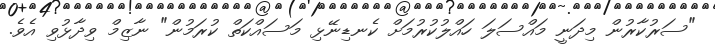
"ސަރުކާރުން މިދަނީ މައްސަލަ ހައްލުކުރުމަށް ކެނޑިނޭޅި މަސައްކަތް ކުރަމުން" ނާޒިމް ވިދާޅުވި އެވެ.